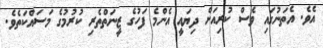
އެވެ. އެތަނުގައި ވެސް ކުރިއަށް ދިޔައީ އެންމެ ފަހުގެ ޒީނަތްތެރި ކުރުމުގެ މަސައްކަތެވެ.